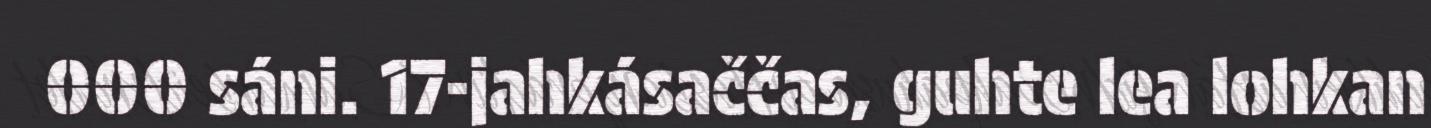
000 sáni. 17-jahkásaččas, guhte lea lohkan